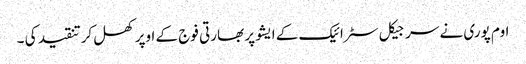
اوم پوری نے سرجیکل سٹرائیک کے ایشو پر بھارتی فوج کے اوپر کھل کرتنقید کی ۔